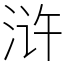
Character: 浒